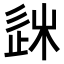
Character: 𨒠